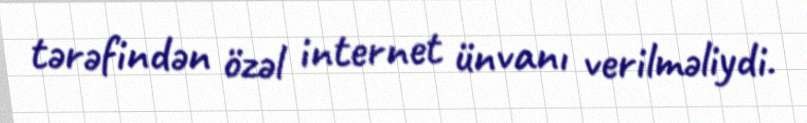
tərəfindən özəl internet ünvanı verilməliydi.